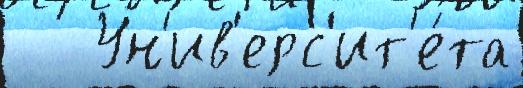
   Ун'ив'ерс'ит'е́та